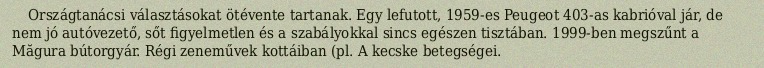
Országtanácsi választásokat ötévente tartanak. Egy lefutott, 1959-es Peugeot 403-as kabrióval jár, de nem jó autóvezető, sőt figyelmetlen és a szabályokkal sincs egészen tisztában. 1999-ben megszűnt a Măgura bútorgyár. Régi zeneművek kottáiban (pl. A kecske betegségei.